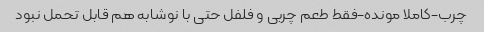
چرب-کاملا مونده-فقط طعم چربی و فلفل حتی با نوشابه هم قابل تحمل نبود